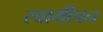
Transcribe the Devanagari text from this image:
स्वामीपन